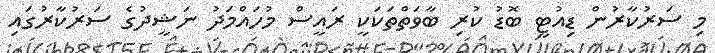
މި ސަރުކާރުން ޑިއުޓީ ބޮޑު ކުރި ބާވަތްތަކަކީ ރައީސް މުހައްމަދު ނަޝީދުގެ ސަރުކާރުގައި